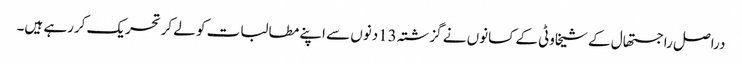
دراصل راجستھال کے شیخاوٹی کے کسانوں نے گزشتہ 13دنوں سے اپنے مطالبات کو لے کرتحریک کررہے ہیں۔